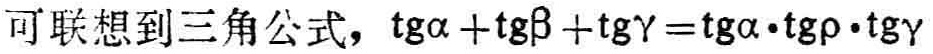
可联想到三角公式，\(\mathrm{tg}\alpha+\mathrm{tg}\beta +\mathrm{tg}\gamma=\mathrm{tg}\alpha\cdot\mathrm{tg}\rho\cdot\mathrm{tg}\gamma\)